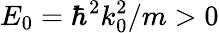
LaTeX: E_{0}=\hbar^{2}k_{0}^{2}/m>0